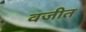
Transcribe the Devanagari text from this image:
वजीत